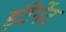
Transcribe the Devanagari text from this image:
इंटेर्नेट